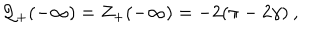
{ \cal Q } _ { + } ( - \infty ) = Z _ { + } ( - \infty ) = - 2 ( \pi - 2 \gamma ) \: ,